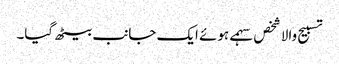
تسبیح والا شخص سہمے ہوئے ایک جانب بیٹھ گیا۔